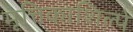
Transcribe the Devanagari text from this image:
मृत्तिकाशिल्पे